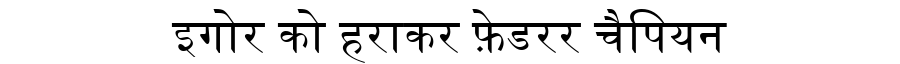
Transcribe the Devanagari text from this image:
इगोर को हराकर फ़ेडरर चैपियन